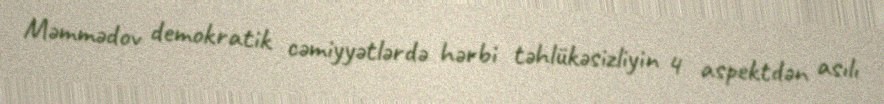
Məmmədov demokratik cəmiyyətlərdə hərbi təhlükəsizliyin 4 aspektdən asılı